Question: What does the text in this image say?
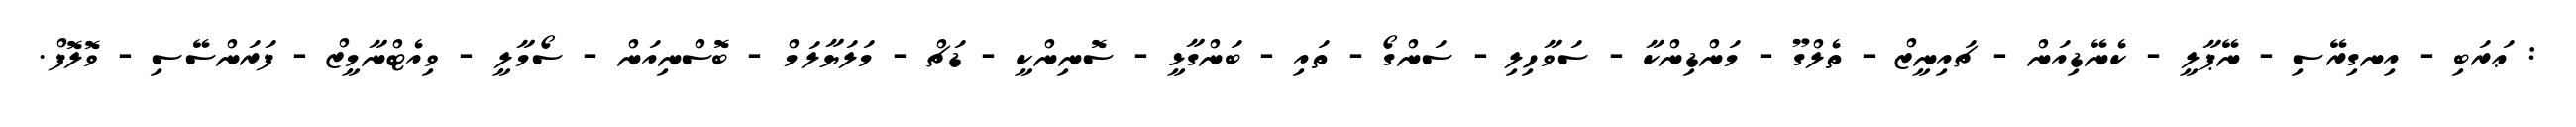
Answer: : ޢަރަބި - އިނގިރޭސި - ނޭޕާލީ - ކެނޭޑިއަން - ޗައިނީޒް - ތެލްގޫ - މަންޑިންކާ - ސަވާހިލި - ސަންގޯ - ތައި - ބަންގާޅީ - ސޮނިންކީ - ޑަޗް - މަލަޔާލަމް - ބޮސްނިއަން - ސޯމާލީ - ވިއެޓްނާމީޒް - ފަރަންސޭސި - ވޮލޮފް.